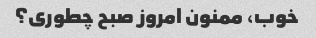
خوب، ممنون امروز صبح چطوری؟